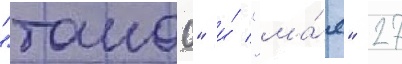
"такао" и́ "ма́я" 27